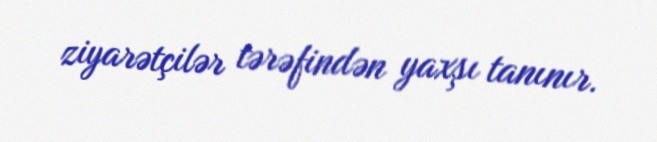
ziyarətçilər tərəfindən yaxşı tanınır.